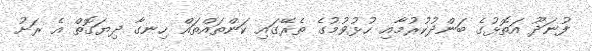
ފުނަދޫ އަތޮޅުގެ ބަންދުކުރުމާއި ހުޅުވުމުގެ ތެރޭގައި ކަންތައްތައް ހިނގާ ދިޔަގޮތް އެ ރަށު